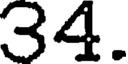
34.